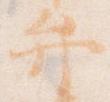
弁